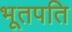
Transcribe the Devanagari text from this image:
भूतपति